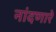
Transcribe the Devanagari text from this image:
नांदणारे